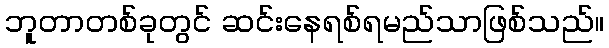
ဘူတာတစ်ခုတွင် ဆင်းနေရစ်ရမည်သာဖြစ်သည်။